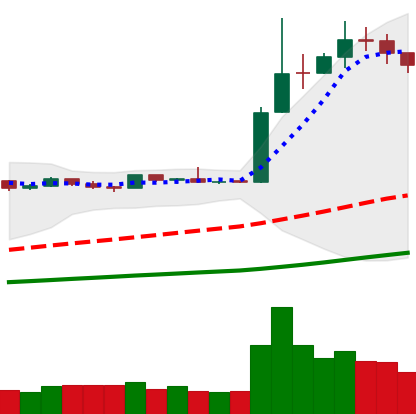
Ticker: LTC-USD
Chart end date: 2019-04-09
Forward return: -4.436%
Label: down_3_5